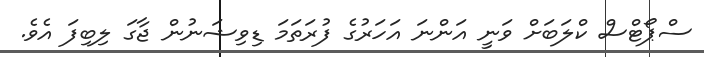
ސްޕޯޓްސް ކްލަބަށް ވަނީ އަންނަ އަހަރުގެ ފުރަތަމަ ޑިވިޝަނުން ޖާގަ ލިބިފަ އެވެ.